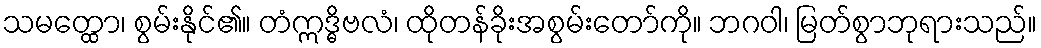
သမတ္ထော၊ စွမ်းနိုင်၏။ တံဣဒ္ဓိဗလံ၊ ထိုတန်ခိုးအစွမ်းတော်ကို။ ဘဂဝါ၊ မြတ်စွာဘုရားသည်။